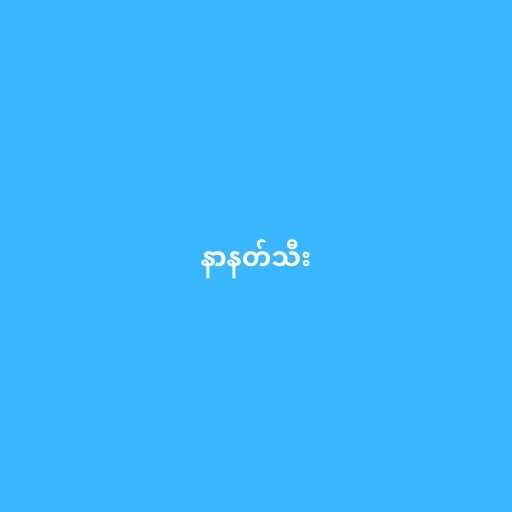
နာနတ်သီး